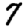
Digit: 7